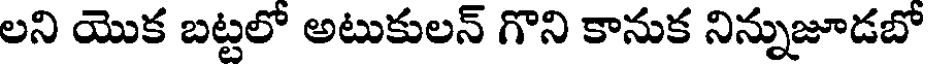
లని యొక బట్టలో అటుకులన్ గొని కానుక నిన్నుజూడబో